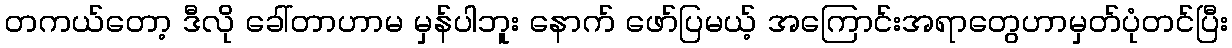
တကယ်တော့ ဒီလို ခေါ်တာဟာမ မှန်ပါဘူး နောက် ဖော်ပြမယ့် အကြောင်းအရာတွေဟာမှတ်ပုံတင်ပြီး